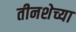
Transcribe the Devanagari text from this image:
तीनशेच्या